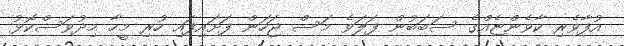
އުފާވެރި ކާވެންޏެއްގެ ސަބަބުން ފަލަވެ މަސް ޖަހަން ފަށައިފައި ހުރި މީހާ މިދުވަސްކޮޅު